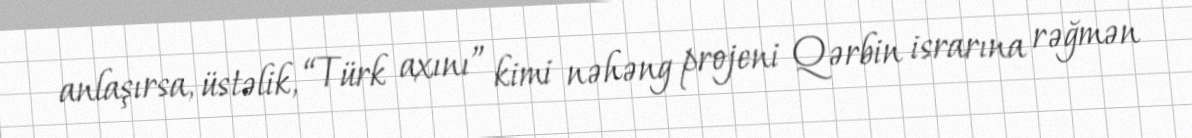
anlaşırsa, üstəlik, “Türk axını” kimi nəhəng projeni Qərbin israrına rəğmən